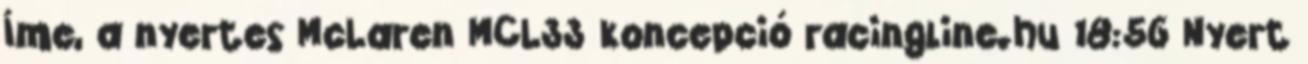
Íme, a nyertes McLaren MCL33 koncepció racingline.hu 18:56 Nyert